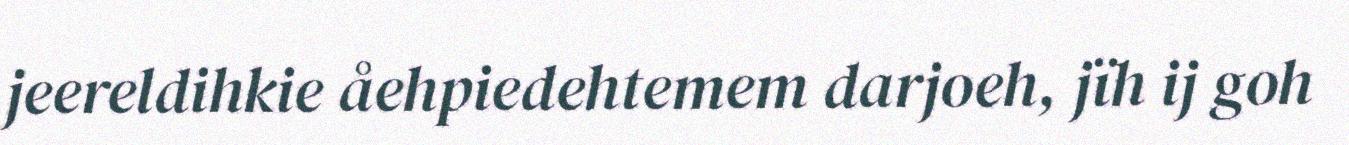
jeereldihkie åehpiedehtemem darjoeh, jïh ij goh